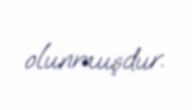
olunmuşdur.